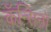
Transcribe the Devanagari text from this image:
कॅन्सिनो